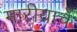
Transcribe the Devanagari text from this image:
मारीयाचे